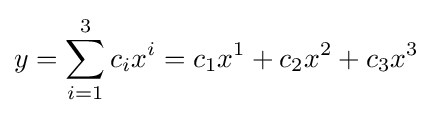
y=\sum _{i=1}^{3}c_{i}x^{i}=c_{1}x^{1}+c_{2}x^{2}+c_{3}x^{3}